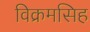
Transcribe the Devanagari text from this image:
विक्रमसिह